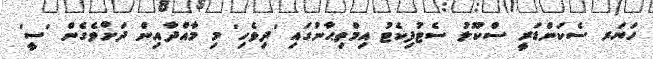
ހަޔަރ ސެކަންޑަރީ ސްކޫލު ސެޓުފިކެޓު އިމްތިޙާނުގައި 'ދިވެހި' މި މާއްދާއިން ދަށްވެގެން 'ސީ'